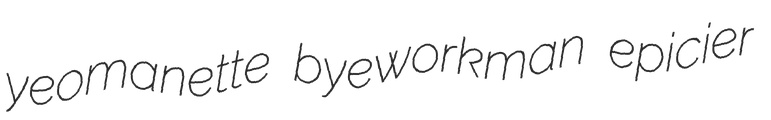
yeomanette byeworkman epicier